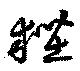
狴